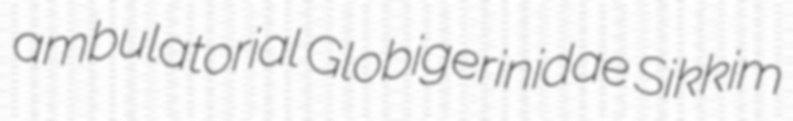
ambulatorial Globigerinidae Sikkim